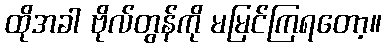
ထိုအခါ ဗိုလ်တွန်ကို မမြင်ကြရတော့။